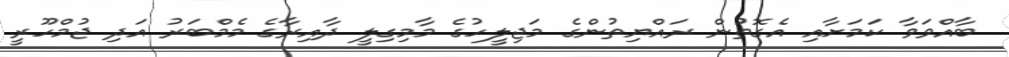
ބާއްވަވާ ކަމަށާއި އެގޮތުން ރައްޔިތުންގެ މަޖިލީހުގެ މާމިގިލީ ދާއިރާގެ މެމްބަރު އަދި ޖުމްހޫރީ